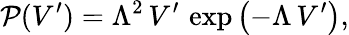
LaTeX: \mathcal{P}(V^{\prime})=\Lambda^{2}\, V^{\prime}\, \exp{\left(-\Lambda\, V^{\prime}\right)},